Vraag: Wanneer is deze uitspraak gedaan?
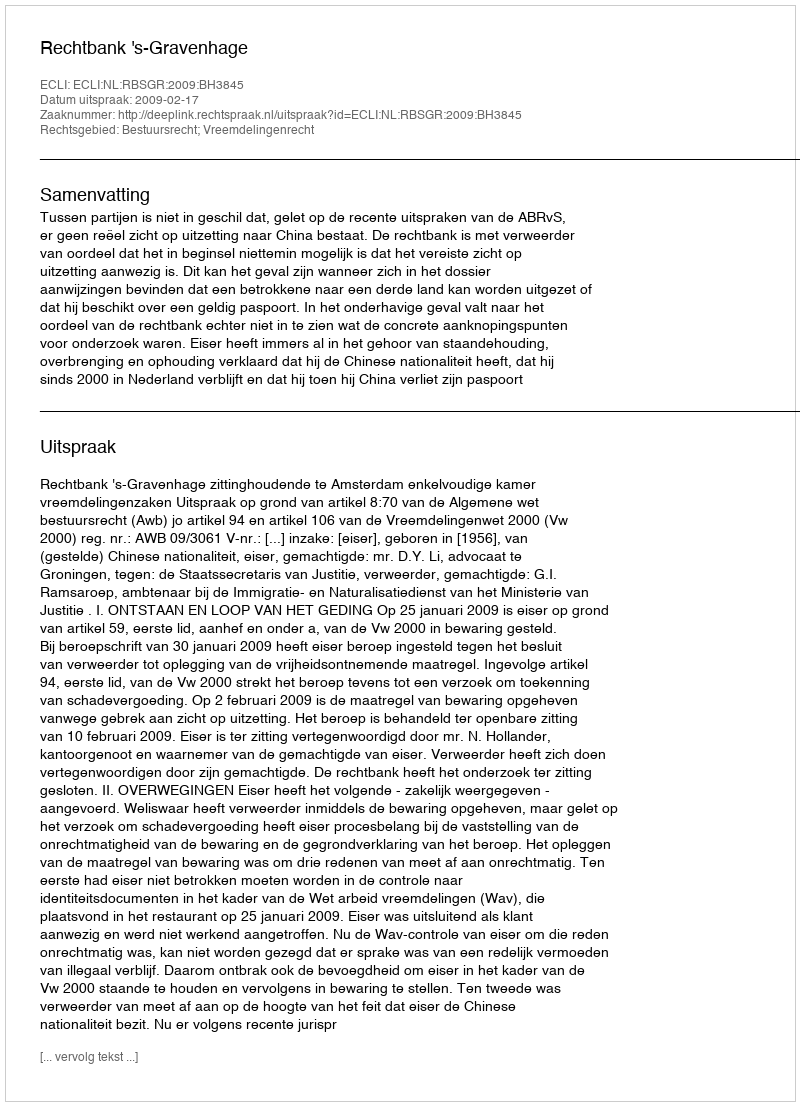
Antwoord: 2009-02-17